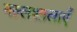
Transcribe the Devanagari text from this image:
मल्लशालाएँ